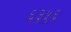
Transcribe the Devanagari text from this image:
६३५६